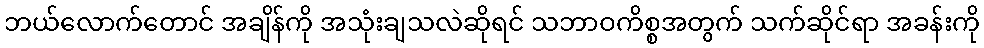
ဘယ်လောက်တောင် အချိန်ကို အသုံးချသလဲဆိုရင် သဘာဝကိစ္စအတွက် သက်ဆိုင်ရာ အခန်းကို